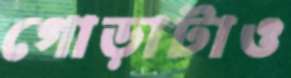
গোড়াটাও